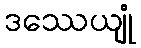
ဒဿေယျုံ